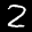
Label: 2